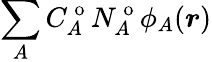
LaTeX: \sum_{A}C_{A}^{\mathrm{~o~}}N_{A}^{\mathrm{~o~}}\phi_{A}(\boldsymbol{r})